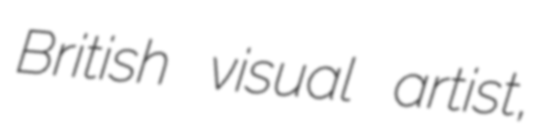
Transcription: British visual artist,